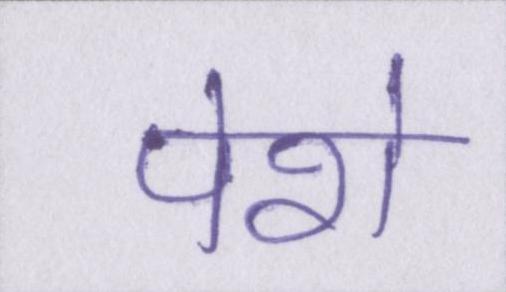
पेशे